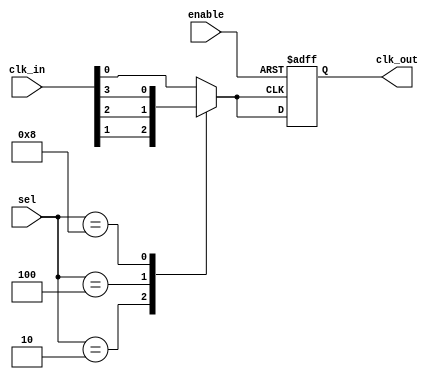
module CMuxBuf (
    input wire [N-1:0] clk_in,        // N input clock sources
    input wire [N-1:0] sel,           // Selection control signals (one-hot encoded)
    input wire enable,                 // Enable signal
    output wire clk_out                // Buffered output clock
);

parameter N = 4; // Number of clock inputs (modify as needed)

// Internal signal for selected clock
wire clk_selected;

// Clock selection logic
always @(*) begin
    case (sel)
        4'b0001: clk_selected = clk_in[0]; // Select clk_in[0]
        4'b0010: clk_selected = clk_in[1]; // Select clk_in[1]
        4'b0100: clk_selected = clk_in[2]; // Select clk_in[2]
        4'b1000: clk_selected = clk_in[3]; // Select clk_in[3]
        default: clk_selected = clk_in[0]; // Default to clk_in[0] on invalid sel
    endcase
end

// Output buffering and enable control
reg buffered_clk;

always @(posedge clk_selected or negedge enable) begin
    if (!enable) begin
        buffered_clk <= 1'b0;  // Disable clock output when not enabled
    end else begin
        buffered_clk <= clk_selected; // Buffer the selected clock
    end
end

assign clk_out = buffered_clk; // Output the buffered clock signal

endmodule